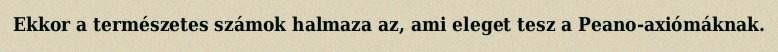
Ekkor a természetes számok halmaza az, ami eleget tesz a Peano-axiómáknak.